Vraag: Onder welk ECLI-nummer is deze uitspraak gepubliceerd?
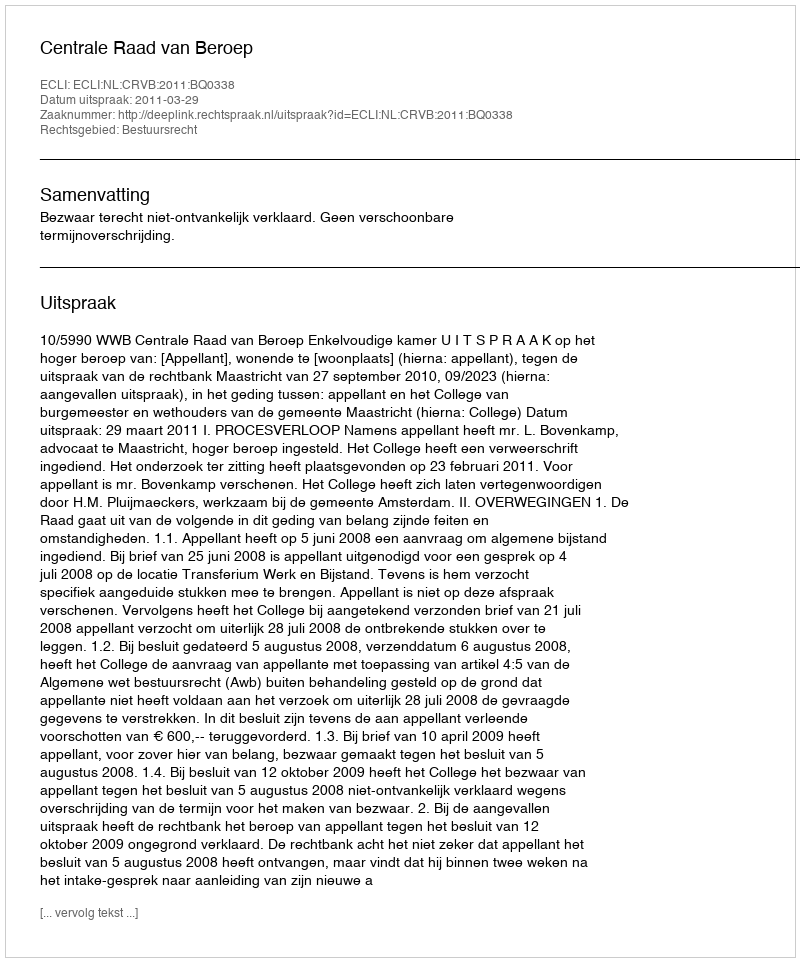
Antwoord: ECLI:NL:CRVB:2011:BQ0338